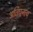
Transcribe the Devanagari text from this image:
अतिघनत्व